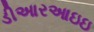
ડીઆરઆઇઇ